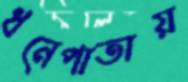
ধনেপাতায়